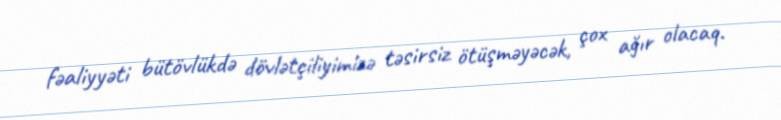
fəaliyyəti bütövlükdə dövlətçiliyimizə təsirsiz ötüşməyəcək, çox ağır olacaq.